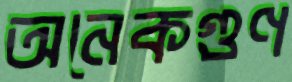
অনেকগুণ